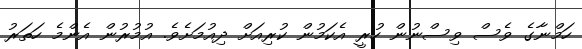
ހަމްނާގެ ވެސް ވިސްނުން ހުރީ އެކަމުން ކުރިއަށް ދިއުމަށެވެ. އުމުރުން އެންމެ ހަތަރު